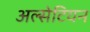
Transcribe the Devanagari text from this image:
अल्सेटियन